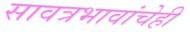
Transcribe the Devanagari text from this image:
सावत्रभावांचेही